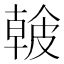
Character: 𥀐